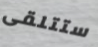
ستتلقى